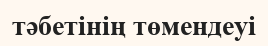
тәбетінің төмендеуі